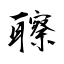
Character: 聺